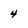
Character: 4